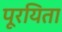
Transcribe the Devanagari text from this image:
पूरयिता